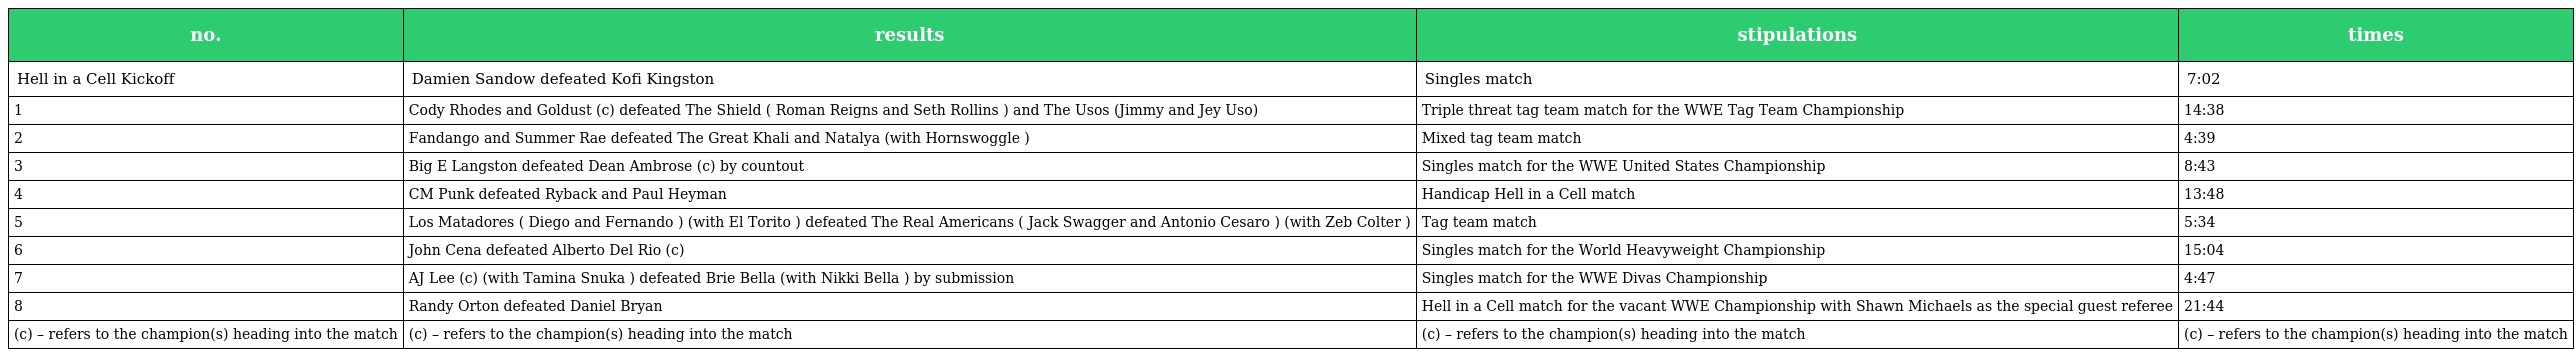
| no. | results | stipulations | times |
 | --- | --- | --- | --- |
 | Hell in a Cell Kickoff | Damien Sandow defeated Kofi Kingston | Singles match | 7:02 |
 | 1 | Cody Rhodes and Goldust (c) defeated The Shield ( Roman Reigns and Seth Rollins ) and The Usos (Jimmy and Jey Uso) | Triple threat tag team match for the WWE Tag Team Championship | 14:38 |
 | 2 | Fandango and Summer Rae defeated The Great Khali and Natalya (with Hornswoggle ) | Mixed tag team match | 4:39 |
 | 3 | Big E Langston defeated Dean Ambrose (c) by countout | Singles match for the WWE United States Championship | 8:43 |
 | 4 | CM Punk defeated Ryback and Paul Heyman | Handicap Hell in a Cell match | 13:48 |
 | 5 | Los Matadores ( Diego and Fernando ) (with El Torito ) defeated The Real Americans ( Jack Swagger and Antonio Cesaro ) (with Zeb Colter ) | Tag team match | 5:34 |
 | 6 | John Cena defeated Alberto Del Rio (c) | Singles match for the World Heavyweight Championship | 15:04 |
 | 7 | AJ Lee (c) (with Tamina Snuka ) defeated Brie Bella (with Nikki Bella ) by submission | Singles match for the WWE Divas Championship | 4:47 |
 | 8 | Randy Orton defeated Daniel Bryan | Hell in a Cell match for the vacant WWE Championship with Shawn Michaels as the special guest referee | 21:44 |
 | (c) – refers to the champion(s) heading into the match | (c) – refers to the champion(s) heading into the match | (c) – refers to the champion(s) heading into the match | (c) – refers to the champion(s) heading into the match |